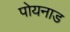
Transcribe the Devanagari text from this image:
पोयनाड